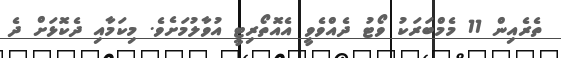
ތެރެއިން 11 މެމްބަރަކު ވޯޓު ދެއްވެވީ އެއޮތޯރިޓީ އުވާލުމަށެވެ. މިކަމާއި ދެކޮޅަށް ދެ